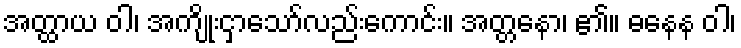
အတ္ထာယ ဝါ၊ အကျိုးငှာသော်လည်းကောင်း။ အတ္တနော၊ ၏။ ဓနေန ဝါ၊